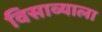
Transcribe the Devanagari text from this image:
विसाव्याला